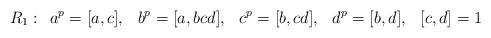
LaTeX: \begin{align*}R_1: \hskip3mm & a^p=[a,c], \hskip3mm b^p=[a,bcd], \hskip3mm c^p=[b,cd], \hskip3mm d^p=[b,d], \hskip3mm [c,d]=1\end{align*}